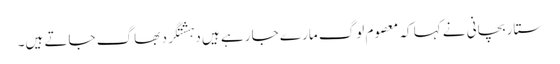
ستار بچانی نے کہا کہ معصوم لوگ مارے جا رہے ہیں دہشتگرد بھاگ جاتے ہیں۔